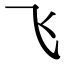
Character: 飞